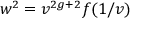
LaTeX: w ^ { 2 } = v ^ { 2 g + 2 } f ( 1 / v )